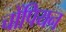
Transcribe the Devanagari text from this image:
चोंपियन